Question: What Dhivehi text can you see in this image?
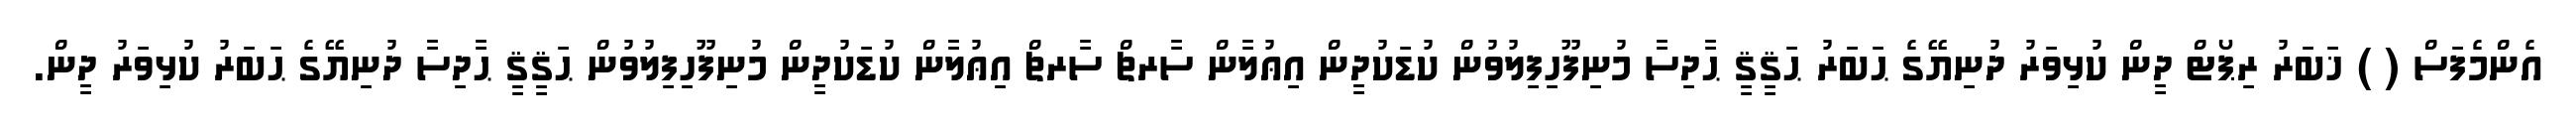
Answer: އެންމެފަސް ( ) ޚަބަރު ރިޕޯޓް ދީން ކުޅިވަރު ދުނިޔޭގެ ޙަބަރު ޙަޤީޤީ ޙާދިސާ މުނިފޫހިފިލުވުން ކުޑަކުދީން އިޢުލާން ސާރޗް ސާރޗް އިޢުލާން ކުޑަކުދީން މުނިފޫހިފިލުވުން ޙަޤީޤީ ޙާދިސާ ދުނިޔޭގެ ޙަބަރު ކުޅިވަރު ދީން.